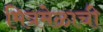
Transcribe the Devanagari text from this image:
मित्रमेळाची